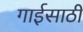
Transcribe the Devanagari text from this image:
गाईसाठी